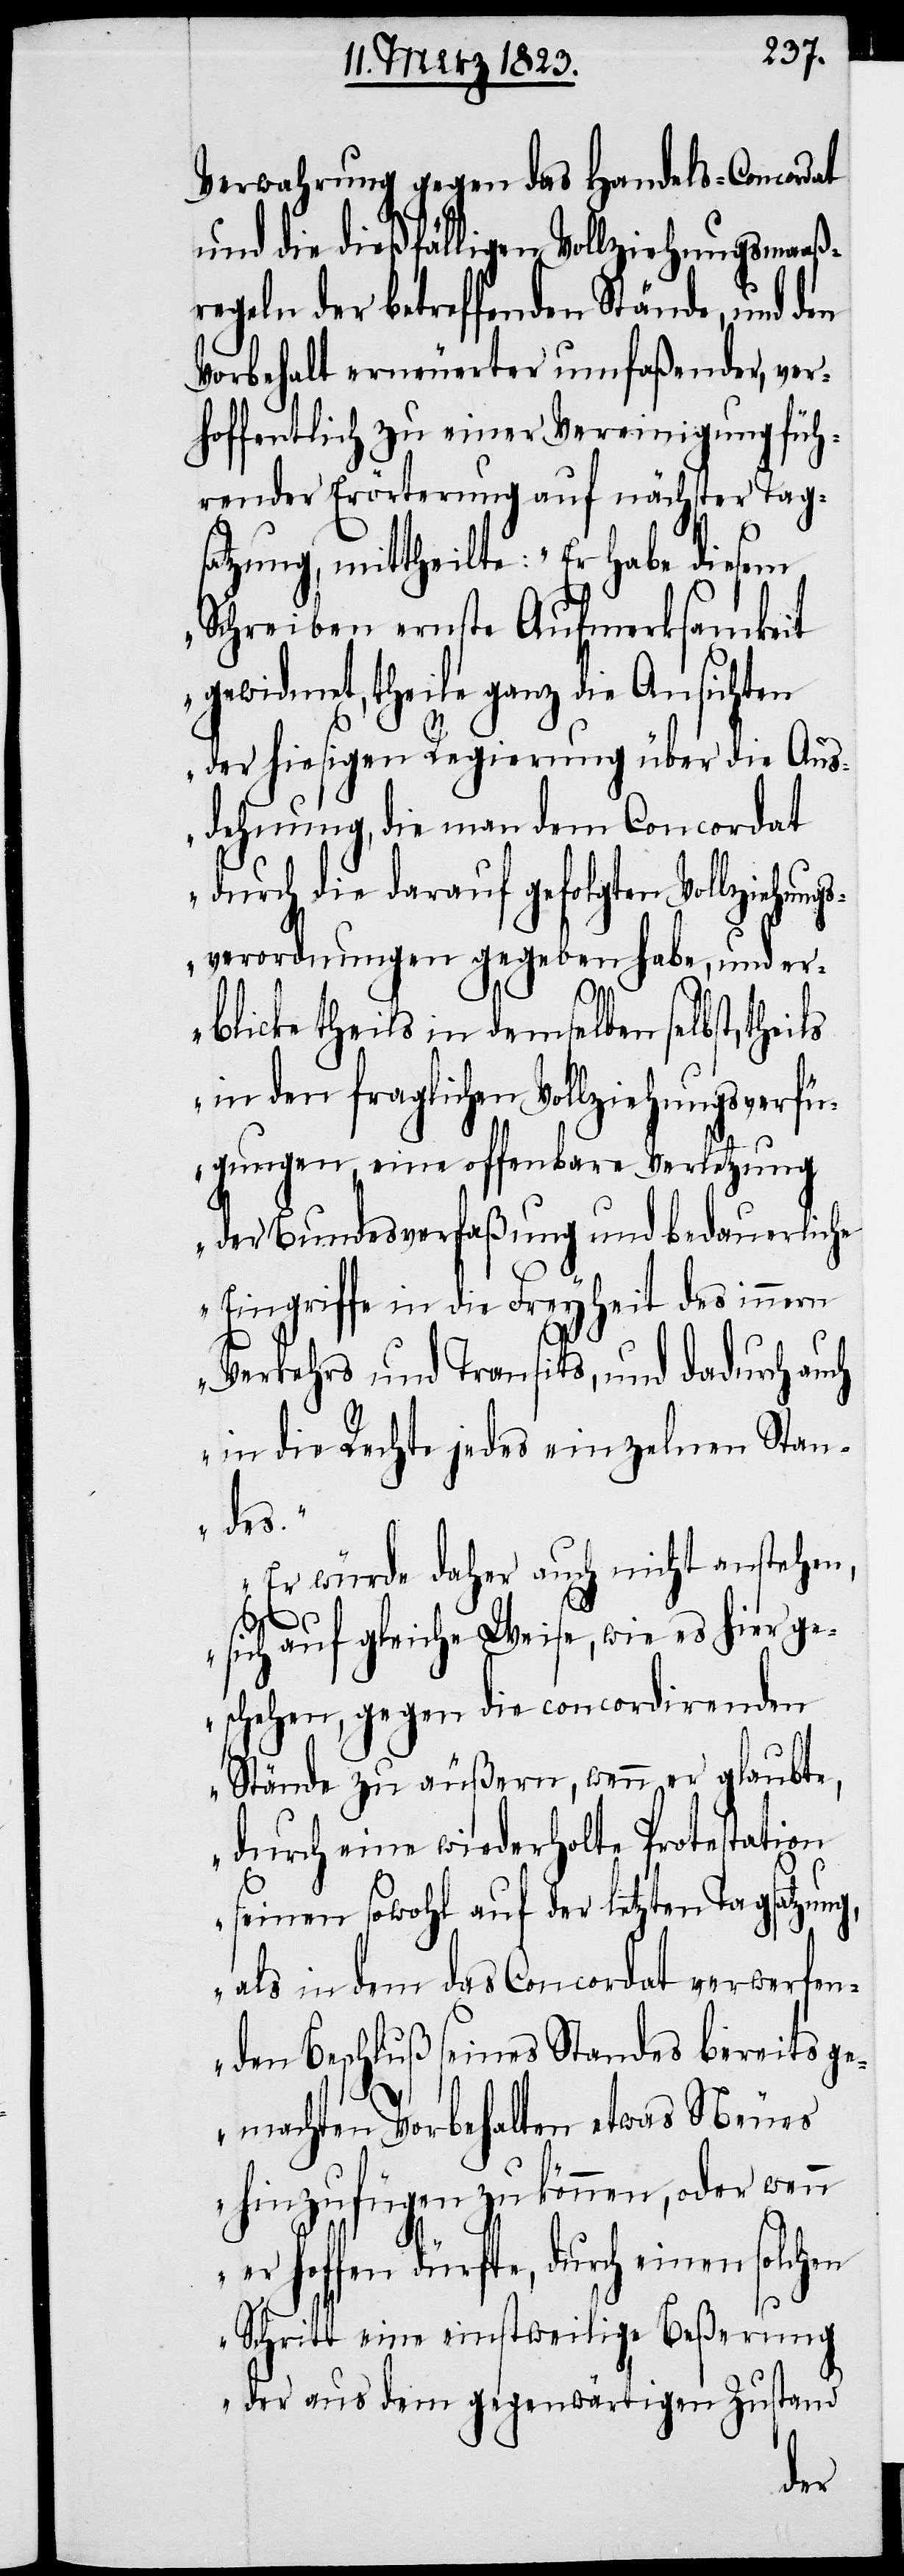
Verwahrung gegen das Handels-Concordat
und die dießfälligen Vollziehungsmaaß¬
regeln der betreffenden Stände, und den
Vorbehalt erneuerter umfaßender, ver¬
hoffentlich zu einer Vereinigung füh¬
render Erörterung auf nächster Tag¬
satzung, mittheilte: „Er habe diesem
Schreiben ernste Aufmerksamkeit
gewidmet, theile ganz die Ansichten
der hiesigen Regierung über die Aus¬
dehnung, die man dem Concordat
durch die darauf gefolgten Vollziehung¬
sverordnungen gegeben habe, und er¬
blicke theils in demselben selbst, theils
in den fraglichen Vollziehungsverfü¬
gungen, eine offenbare Verletzung
der Bundesverfaßung und bedauerliche
Eingriffe in die Freyheit des innern
Verkehrs und Transits, und dadurch auch
in die Rechte jedes einzelnen Stan¬
des.“
„Er würde daher auch nicht anstehen,
sich auf gleiche Weise, wie es hier ge¬
schehen, gegen die concordirenden
Stände zu äußern, wenn er glaubte,
durch eine wiederholte Protestation
seinen sowohl auf der letzten Tagsatzung,
als in dem das Concordat verwerfen¬
den Beschluß seines Standes bereits ge¬
machten Vorbehalten etwas Neues
hinzufügen zu können, oder wenn
er hoffen dürfte, durch einen solchen
Schritt eine einstweilige Beßerung
der aus dem gegenwärtigen Zustand